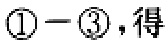
\(\textcircled{1} - \textcircled{3}\)，得